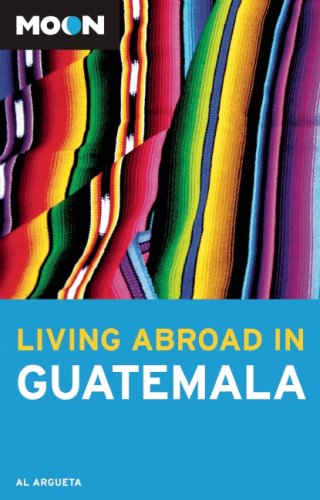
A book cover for Moon Living Abroad in Guatemala; Al Argueta; Travel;